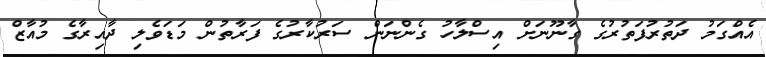
އެއްގަމު ދަތުރުފަތުރުގެ ގާނޫނަށް އިސްލާހު ގެންނަން ސަރުކާރުގެ ފަރާތުން މަޑަވެލި ދާއިރާގެ މުއާޒް